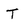
Character: T